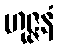
ဟုဇ္ဇနံ